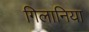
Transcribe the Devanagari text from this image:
गिलानिया